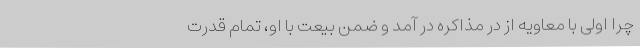
چرا اولی با معاویه از درِ مذاکره در آمد و ضمن بیعت با او، تمام قدرت